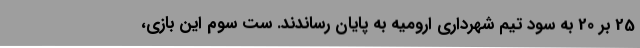
25 بر 20 به سود تیم شهرداری ارومیه به پایان رساندند. ست سوم این بازی،